Scientific memoirs by medical officers of the Army of India - Part II,
Year: 1886
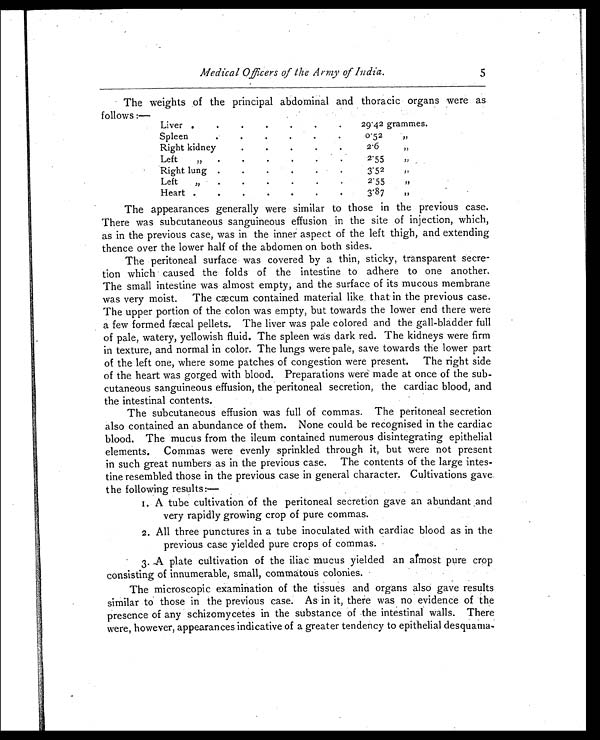
Medical Officers of the Army of India.
5
The weights of the principal abdominal and thoracic organs were as
follows :—
Liver .
.
.
.
.
.
.
29.42 grammes.
Splee
.
.
.
.
.
.
0.52
, ,
Right kidney
.
.
.
.
.
2.6
,,
Left
,, .
.
.
.
.
.
2 . 5 5
,,
Right lung .
.
.
.
.
3.52
, ,
Left
„
.
.
.
.
.
.
2.55
, ,
Heart
.
.
.
.
.
.
.
3.87
,,
The appearances generally were similar to those in the previous case.
There was subcutaneous sanguineous effusion in the site of injection, which,
as in the previous case, was in the inner aspect of the left thigh, and extending
thence over the lower half of the abdomen on both sides.
The peritoneal surface was covered by a thin, sticky, transparent secre
- t i o n w h i c h c a u s e d t h e f o l d s o f t h e i n t e s t i n e t o a d h e r e t o o n e a n o t h e r .
The small intestine was almost empty, and the surface of its mucous membrane
was very moist. The cæcum contained material like that in the previous case.
The upper portion of the colon was empty, but towards the lower end there were
a few formed fæcal pellets. The liver was pale colored and the gall-bladder full
of pale, watery, yellowish fluid. The spleen was dark red. The kidneys were firm
in texture, and normal in color. The lungs were pale, save towards the lower part
of the left one, where some patches of congestion were present. The right side
of the heart was gorged with blood. Preparations were made at once of the sub
-cutaneous sanguineous effusion, the peritoneal secretion, the cardiac blood, and
the intestinal contents.
The subcutaneous effusion was full of commas. The peritoneal secretion
also contained an abundance of them. None could be recognised in the cardiac
blood. The mucus from the ileum contained numerous disintegrating epithelial
elements. Commas were evenly sprinkled through it, but were not present
in such great numbers as in the previous case. The contents of the large intes
-tine resembled those in the previous case in general character. Cultivations gave.
the following results:—
1. A tube cultivation of the peritoneal secretion gave an abundant and
very rapidly growing crop of pure commas.
2. All three punctures in a tube inoculated with cardiac blood as in the
previous case yielded pure crops of commas.
3. A plate cultivation of the iliac mucus yielded an almost pure crop
consisting of innumerable, small, commatous colonies.
The microscopic examination of the tissues and organs also gave results
similar to those in the previous case. As in it, there was no evidence of the
presence of any schizomycetes in the substance of the intestinal walls. There
were, however, appearances indicative of a greater tendency to epithelial desquama-